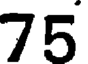
75